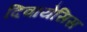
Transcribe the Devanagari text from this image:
दिवायेसिस